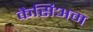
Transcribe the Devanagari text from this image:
कैसिअम